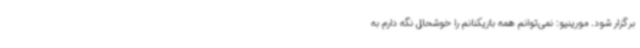
برگزار شود. مورینیو: نمی‌توانم همه بازیکنانم را خوشحال نگه دارم به